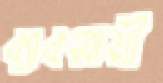
ব্যাবসায়ী